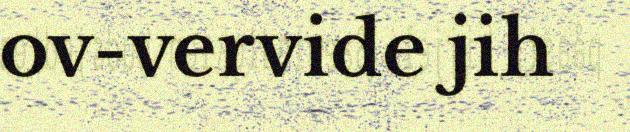
ov-vervide jih